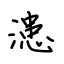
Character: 漶